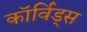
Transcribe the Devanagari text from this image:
कॉर्विड्स